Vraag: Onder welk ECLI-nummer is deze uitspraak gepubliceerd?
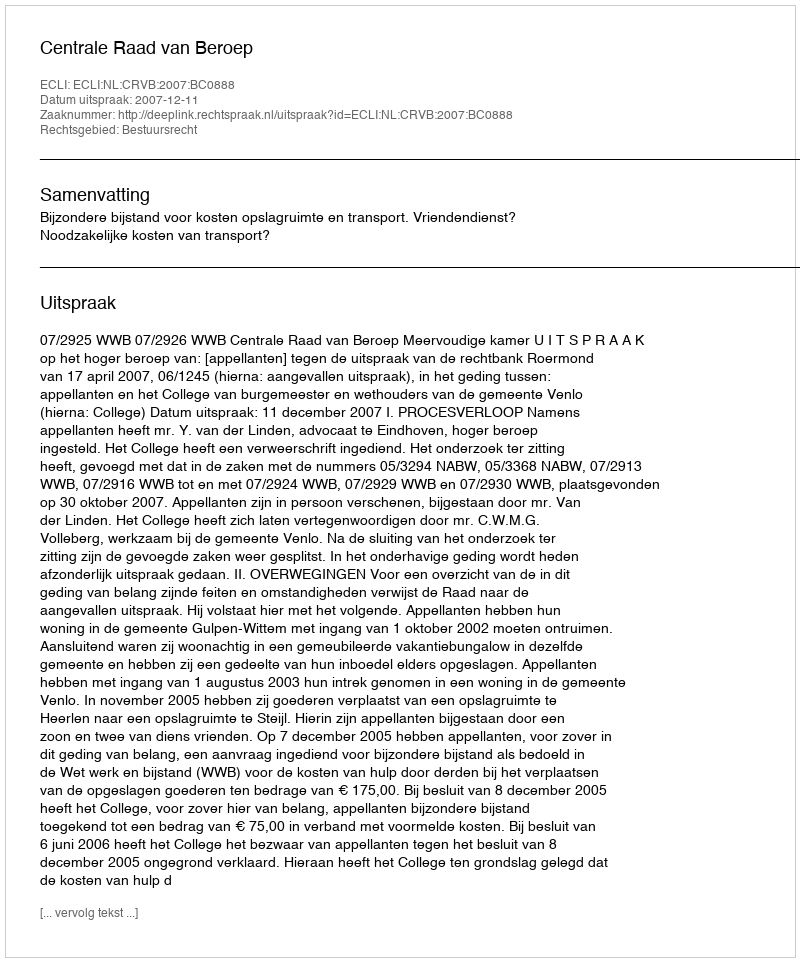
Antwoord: ECLI:NL:CRVB:2007:BC0888